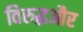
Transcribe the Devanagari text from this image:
विरुद्धऔर